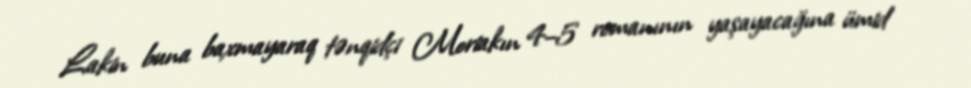
Lakin buna baxmayaraq tənqidçi Moriakın 4–5 romanının yaşayacağına ümid